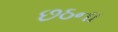
છઠના